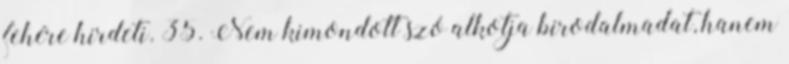
fehére hirdeti. 35. Nem kimondott szó alkotja birodalmadat, hanem